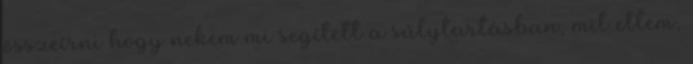
összeírni hogy nekem mi segített a súlytartásban, mit ettem,